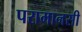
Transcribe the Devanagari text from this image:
परामानसी